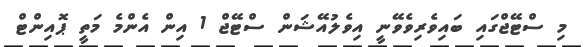
މި ސްޓޭޖްގައި ބައިވެރިވެވޭނީ އިވެލުއޭޝަން ސްޓޭޖް 1 އިން އެންމެ މަތީ ޕޮއިންޓް